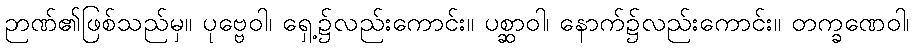
ဉာဏ်၏ဖြစ်သည်မှ။ ပုဗ္ဗေဝါ၊ ရှေ့၌လည်းကောင်း။ ပစ္ဆာဝါ၊ နောက်၌လည်းကောင်း။ တက္ခဏေဝါ၊